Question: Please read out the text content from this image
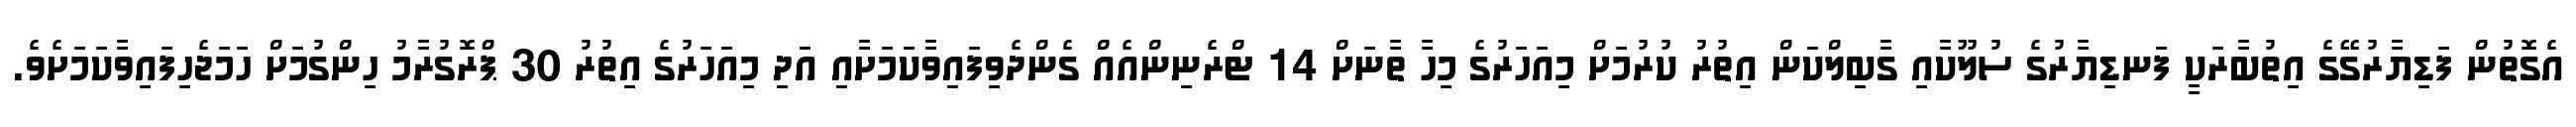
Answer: އެގޮތުން ފަޑިޔާރުގޭގެ އިތުބާރަކީ ފަނޑިޔާރުގެ ސުލޫކާއި ގާބިލްކަން އިތުރު ކުރުމަށް މިއަހަރުގެ މިހާ ތާނަށް 14 ޓްރެނިންއެއް ގެންދެވިފައިވާކަމަށާއި އަދި މިއަހަރުގެ އިތުރު 30 ޕްރޮގުރާމު ހިންގުމަށް ހަމަޖެހިފައިވާކަމަށެވެ.